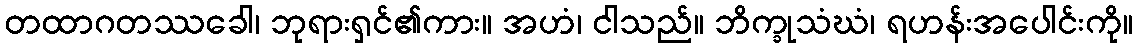
တထာဂတဿခေါ၊ ဘုရားရှင်၏ကား။ အဟံ၊ ငါသည်။ ဘိက္ခုသံဃံ၊ ရဟန်းအပေါင်းကို။